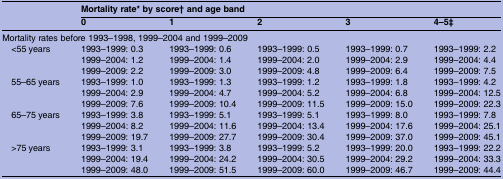
<table><thead><tr><td></td><td colspan="5"><b>Mortality rate* by score† and age band</b></td></tr><tr><td></td><td><b>0</b></td><td><b>1</b></td><td><b>2</b></td><td><b>3</b></td><td><b>4–5‡</b></td></tr></thead><tbody><tr><td colspan="6">Mortality rates before 1993–1998, 1999–2004 and 1999–2009</td></tr><tr><td rowspan="3"> &lt;55 years</td><td>1993–1999: 0.3</td><td>1993–1999: 0.6</td><td>1993–1999: 0.5</td><td>1993–1999: 0.7</td><td>1993–1999: 2.2</td></tr><tr><td>1999–2004: 1.2</td><td>1999–2004: 1.4</td><td>1999–2004: 2.0</td><td>1999–2004: 2.9</td><td>1999–2004: 4.4</td></tr><tr><td>1999–2009: 2.2</td><td>1999–2009: 3.0</td><td>1999–2009: 4.8</td><td>1999–2009: 6.4</td><td>1999–2009: 7.5</td></tr><tr><td rowspan="3"> 55–65 years</td><td>1993–1999: 1.0</td><td>1993–1999: 1.3</td><td>1993–1999: 1.2</td><td>1993–1999: 1.8</td><td>1993–1999: 4.2</td></tr><tr><td>1999–2004: 2.9</td><td>1999–2004: 4.7</td><td>1999–2004: 5.2</td><td>1999–2004: 6.8</td><td>1999–2004: 12.5</td></tr><tr><td>1999–2009: 7.6</td><td>1999–2009: 10.4</td><td>1999–2009: 11.5</td><td>1999–2009: 15.0</td><td>1999–2009: 22.3</td></tr><tr><td rowspan="3"> 65–75 years</td><td>1993–1999: 3.8</td><td>1993–1999: 5.1</td><td>1993–1999: 5.1</td><td>1993–1999: 8.0</td><td>1993–1999: 7.8</td></tr><tr><td>1999–2004: 8.2</td><td>1999–2004: 11.6</td><td>1999–2004: 13.4</td><td>1999–2004: 17.6</td><td>1999–2004: 25.1</td></tr><tr><td>1999–2009: 19.7</td><td>1999–2009: 27.7</td><td>1999–2009: 30.4</td><td>1999–2009: 37.0</td><td>1999–2009: 45.1</td></tr><tr><td rowspan="3"> &gt;75 years</td><td>1993–1999: 3.1</td><td>1993–1999: 3.8</td><td>1993–1999: 5.2</td><td>1993–1999: 20.0</td><td>1993–1999: 22.2</td></tr><tr><td>1999–2004: 19.4</td><td>1999–2004: 24.2</td><td>1999–2004: 30.5</td><td>1999–2004: 29.2</td><td>1999–2004: 33.3</td></tr><tr><td>1999–2009: 48.0</td><td>1999–2009: 51.5</td><td>1999–2009: 60.0</td><td>1999–2009: 46.7</td><td>1999–2009: 44.4</td></tr></tbody></table>